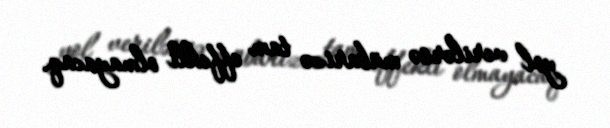
yol verilərsə mübarizə tam effekli olmayacaq.